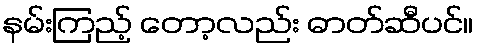
နမ်းကြည့် တော့လည်း ဓာတ်ဆီပင်။